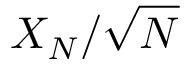
X _ { N } / \sqrt { N }